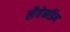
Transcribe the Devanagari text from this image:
लैवेनडिन